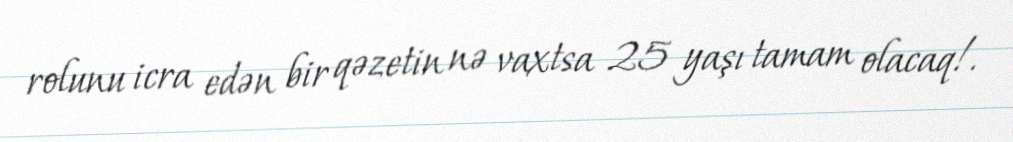
rolunu icra edən bir qəzetin nə vaxtsa 25 yaşı tamam olacaq!.